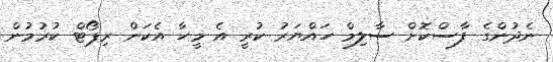
ނެދުންގެ ފާސްކޮށް ސާލިމް ހައްޔަރު ކުރީ އެ މީހާ އެކަން ރިޕޯޓް ކުރުމުން